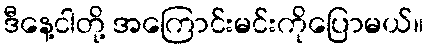
ဒီနေ့ငါတို့ အကြောင်းမင်းကိုပြောမယ်။